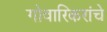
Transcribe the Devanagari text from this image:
गोवारिकरांचे